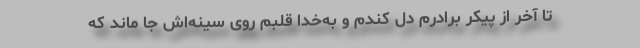
تا آخر از پیکر برادرم دل کندم و به‌خدا قلبم روی سینه‌اش جا ماند که